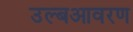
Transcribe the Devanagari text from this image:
उल्बआवरण